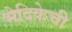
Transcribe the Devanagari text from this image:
भेदिकेची